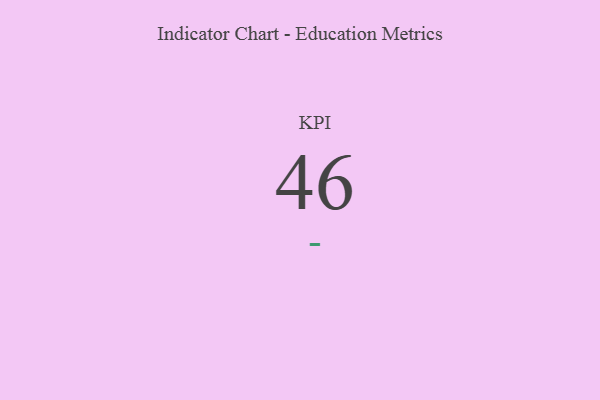
{"axis": {"x": "KPI", "y": "Value"}, "legend": [""], "data": [{"x": "KPI", "y": 46, "type": ""}]}